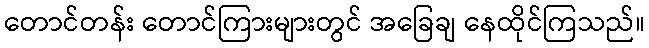
တောင်တန်း တောင်ကြားများတွင် အခြေချ နေထိုင်ကြသည်။